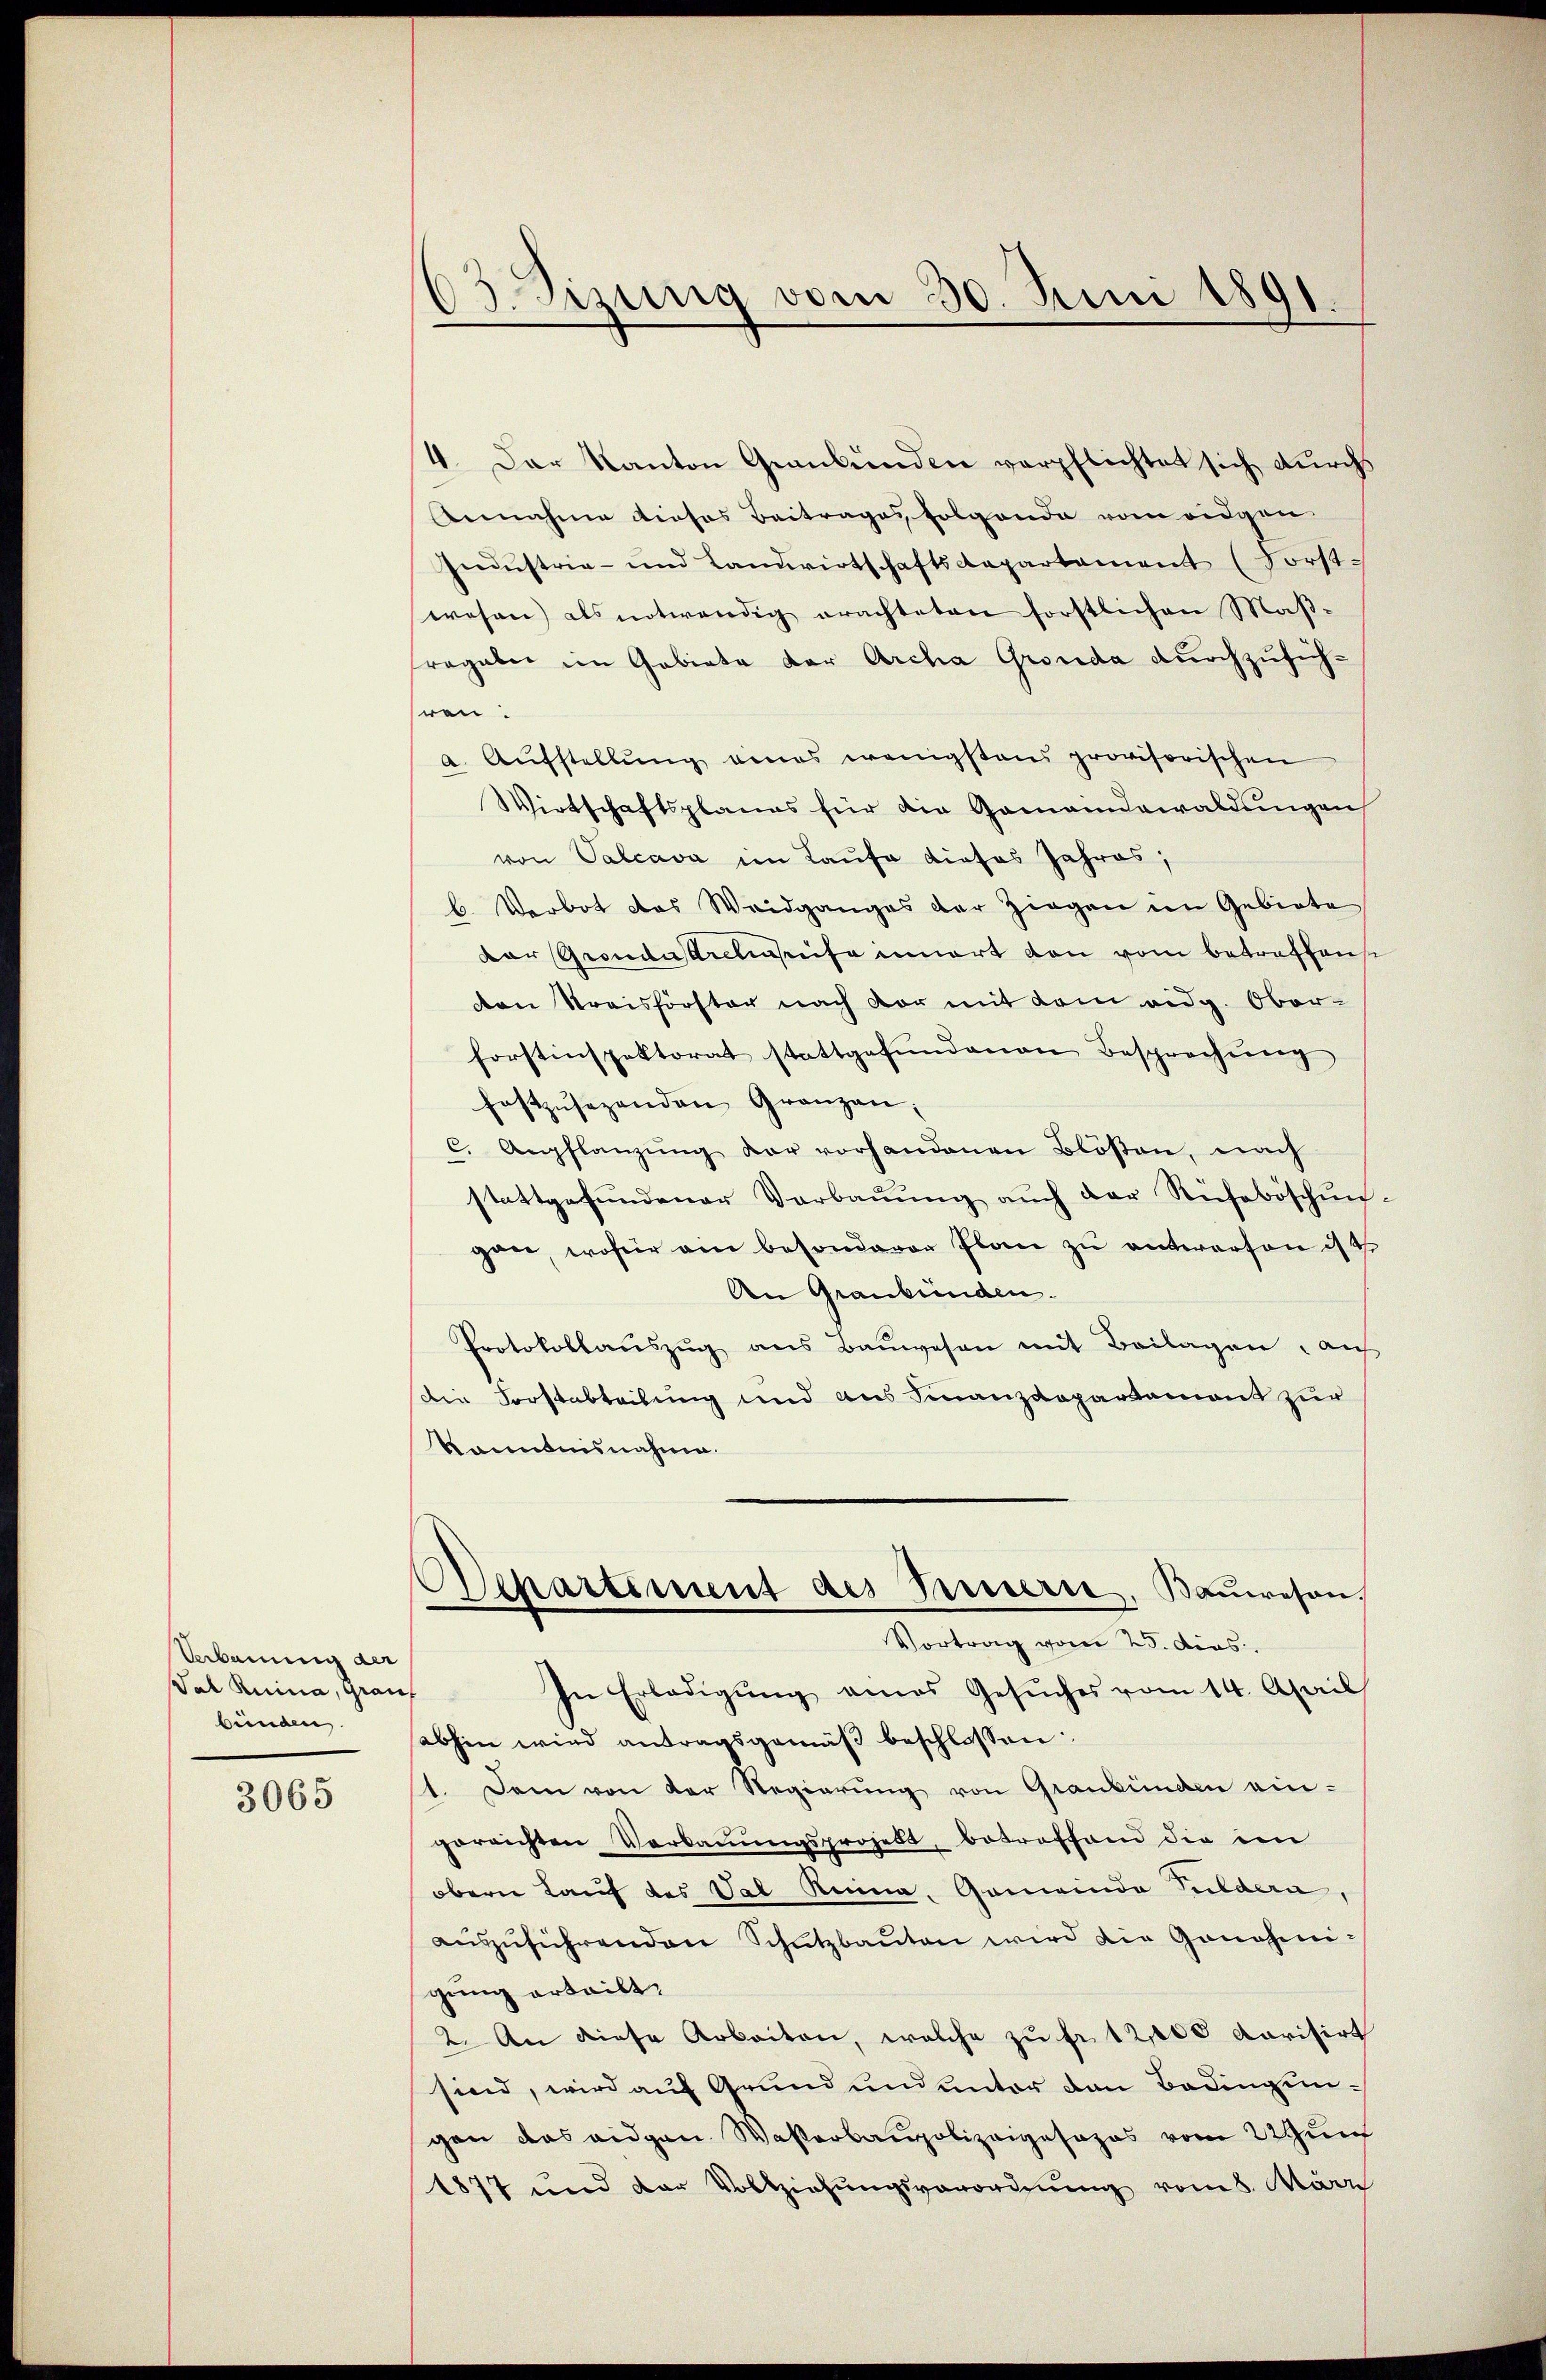
Verbauung der
Tal Ruina, Grauf
bünden

3065

Otzung vom 30. Juni 1891

4. Der Kanton Graubünden verpflichtet sich durchs
Annahmer dieses Beitrages folgende vom eidgen
Grinstrie- und Landwirtschaftsdepartement (Forst-
wesen als notwendig erachteten forstlichen Maßfragaler im Gebiete der Archa Gronda durchzusuchhren.
a. Aŭfstellŭng eines wenigstens provisorischen
Wirtschaftsplanes für die Gemeindswaldungen
von Valcava im Laufe dieses Jahres,
b. Verbot das Waidganges der Ziegen im Gebiete
der Gronausreinsente innert von vom betreffense
den Kreisförster nach vor mit dem eidg. Ober-
forstinspektorat stattgefŭndenen Besprechŭng
festzŭsezenden Gränzen;
c. Anflanzŭng der vorhandenen Blösen, nach
stattgefŭndener Verbaŭŭng aŭch der Rüfeböschŭn-
gan, wofür ein besonderer Plan zu antworten ist
An Graubünden.
Protokollaŭszŭg ans Baŭwesen mit Beilagen, auf
Die Forstabteilung und aus Finanzdepartamont zur
känntnisnahme.
Departement des Innern, Bauwesen,
Vortrag vom 25. dies
In Erledigŭng eines Gesŭches vom 14. April
abhin wird antragsgemäβ beschlossen:
11. Dem von der Regierung von Graubünden ein-
gerrichten Verbaŭŭngsprojekt, betroffend die im
obern Lauf des Val Reina. Gemeinde Pulden,
aŭszŭführenden Schutzbaŭten wird die Genehmigung erteilt.
2. An diese Arbeiten, welche zŭ fr. 12,000 karisirt
sind, wird auf Grund und unter den Bedingungen das eidgen. Waßerbaupolizeigesezes vom 22 un
1877 und der Vollziehŭngsverordnŭng vom 8. März